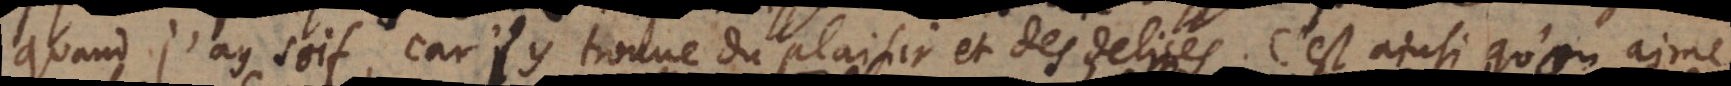
quand j’ay soif, car j’y trouve du plaisir et des delices. C’est ainsi qu’on aime